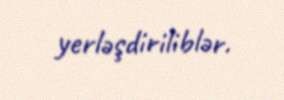
yerləşdiriliblər.